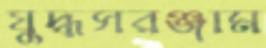
যুদ্ধসরঞ্জাম